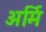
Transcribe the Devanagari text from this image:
अर्मि